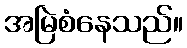
အမြဲစံနေသည်။